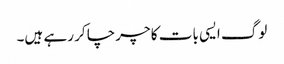
لوگ ایسی بات کا چرچا کر رہے ہیں۔